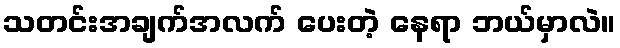
သတင်းအချက်အလက် ပေးတဲ့ နေရာ ဘယ်မှာလဲ။